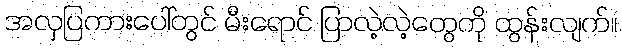
အလှပြကားပေါ်တွင် မီးရောင် ပြာလဲ့လဲ့တွေကို ထွန်းလျက်။